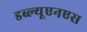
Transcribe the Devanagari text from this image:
डब्ल्यूएनएस